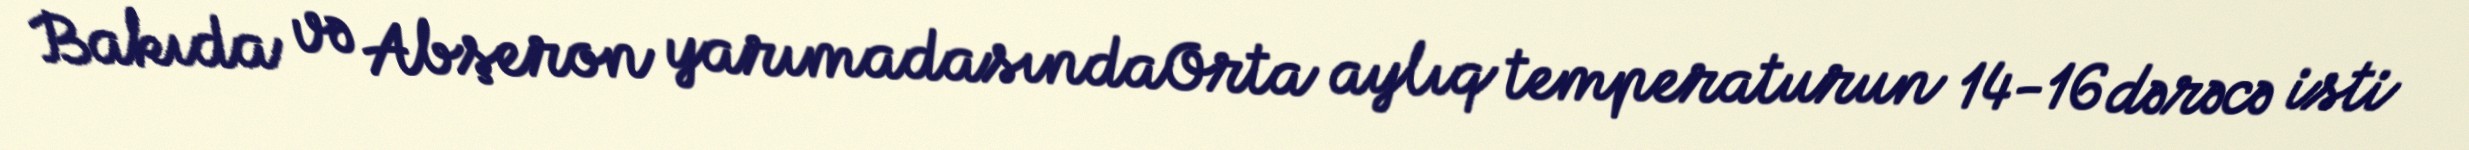
Bakıda və Abşeron yarımadasındaOrta aylıq temperaturun 14-16 dərəcə isti